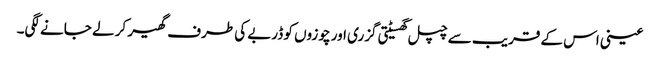
عینی اس کے قریب سے چپل گھسیٹتی گزری اور چوزوں کو ڈربے کی طرف گھیر کر لے جانے لگی۔